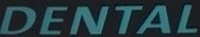
DENTAL